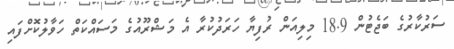
ސަރުކާރުގެ ބަޖެޓުން 18.9 މިލިއަން ރުފިޔާ ހަރަދުކުރާ އެ މަޝްރޫއުގެ މަސައްކަތް ހަވާލުކޮށްފައި